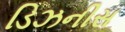
ડિઝનીસ